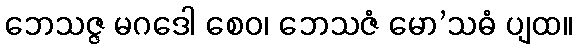
ဘေသဇ္ဇ မဂဒေါ စေဝ၊ ဘေသဇံ မော’သဓံ ပျထ။